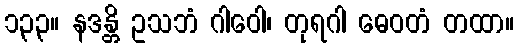
၁၃၃။ နဒန္တိ ဥသဘံ ဂါဝေါ၊ တုရဂါ ဓေဝတံ တထာ။